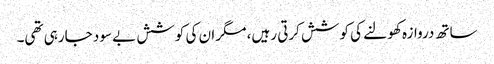
ساتھ دروازہ کھولنے کی کوشش کرتی رہیں، مگر ان کی کوشش بے سود جارہی تھی۔